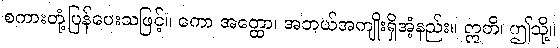
စကားတုံ့ပြန်ပေးသဖြင့်။ ကော အတ္ထော၊ အဘယ်အကျိုးရှိအံ့နည်း။ ဣတိ၊ ဤသို့။